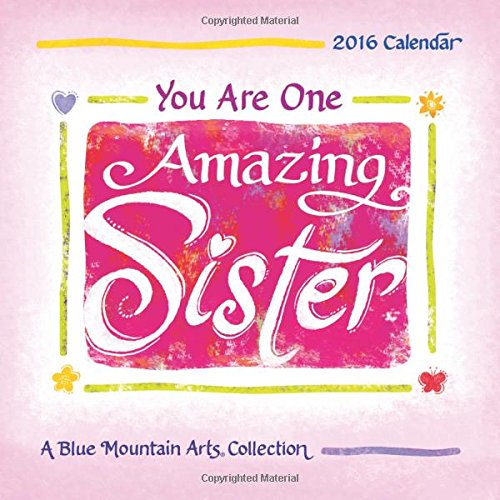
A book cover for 2016 Calendar: You Are One Amazing Sister; Patricia (Editor) Wayant; Parenting & Relationships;